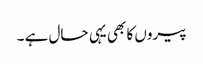
پیروں کا بھی یہی حال ہے ۔